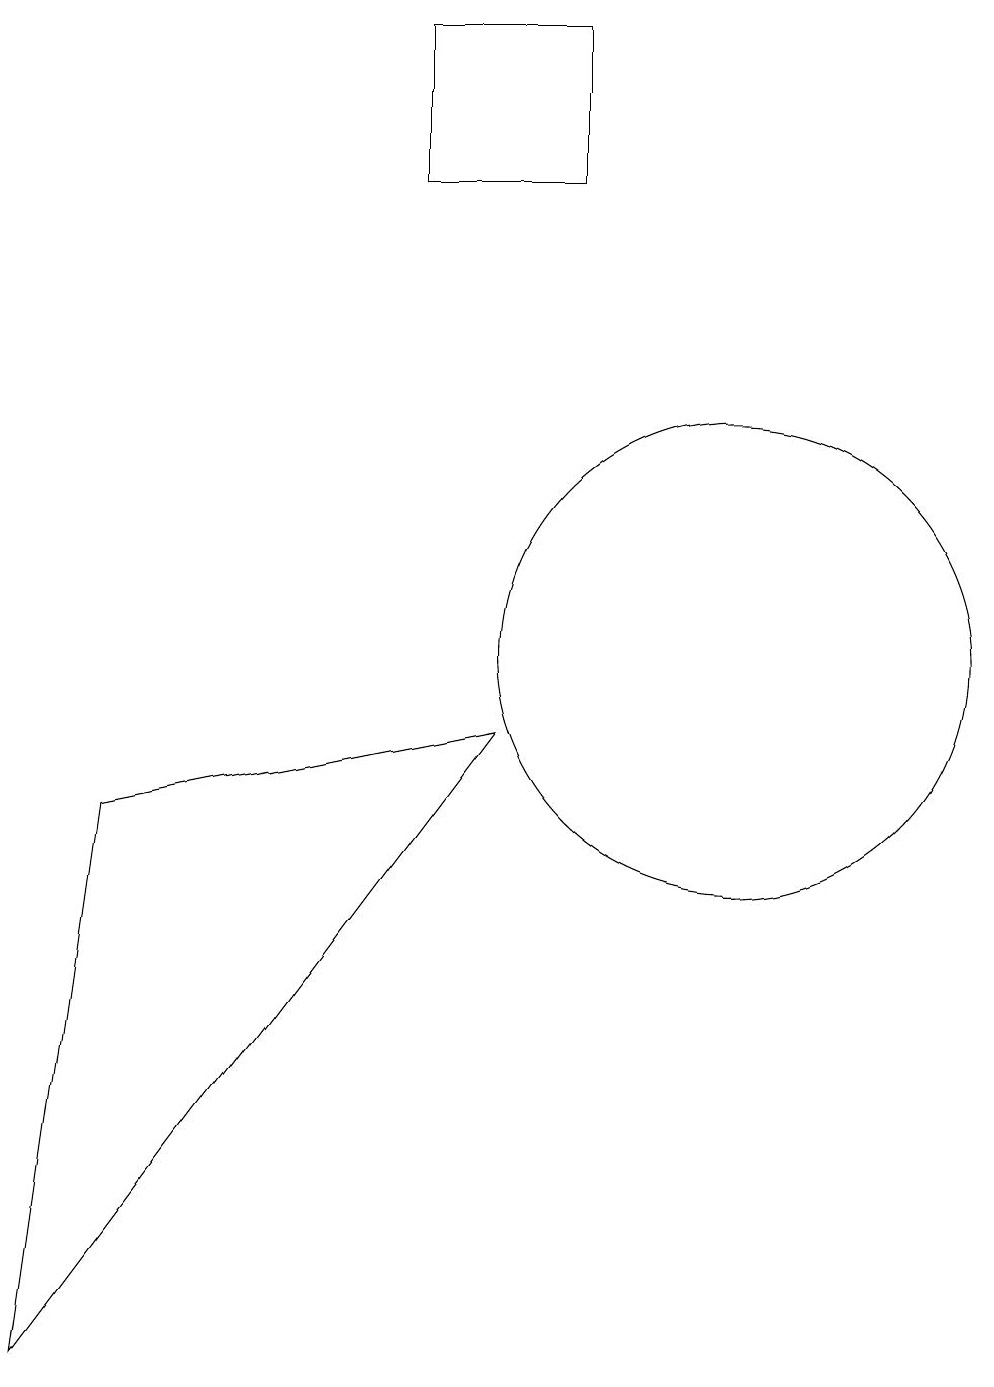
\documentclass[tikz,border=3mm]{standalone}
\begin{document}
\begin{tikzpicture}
\draw (8,9) -- (2,1) -- (3,8) -- cycle;
\draw (11,10) circle (3);
\draw (9,16) rectangle (7,18);
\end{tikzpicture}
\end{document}